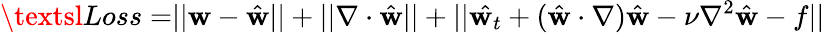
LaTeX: \textsl{Loss=}||\textbf{w}-\hat{\textbf{w}}||+||\nabla\cdot\hat{\textbf{w}}||+||\hat{\textbf{w}_{t}}+(\hat{\textbf{w}}\cdot\nabla)\hat{\textbf{w}}-\nu\nabla^{2}\hat{\textbf{w}}-f||